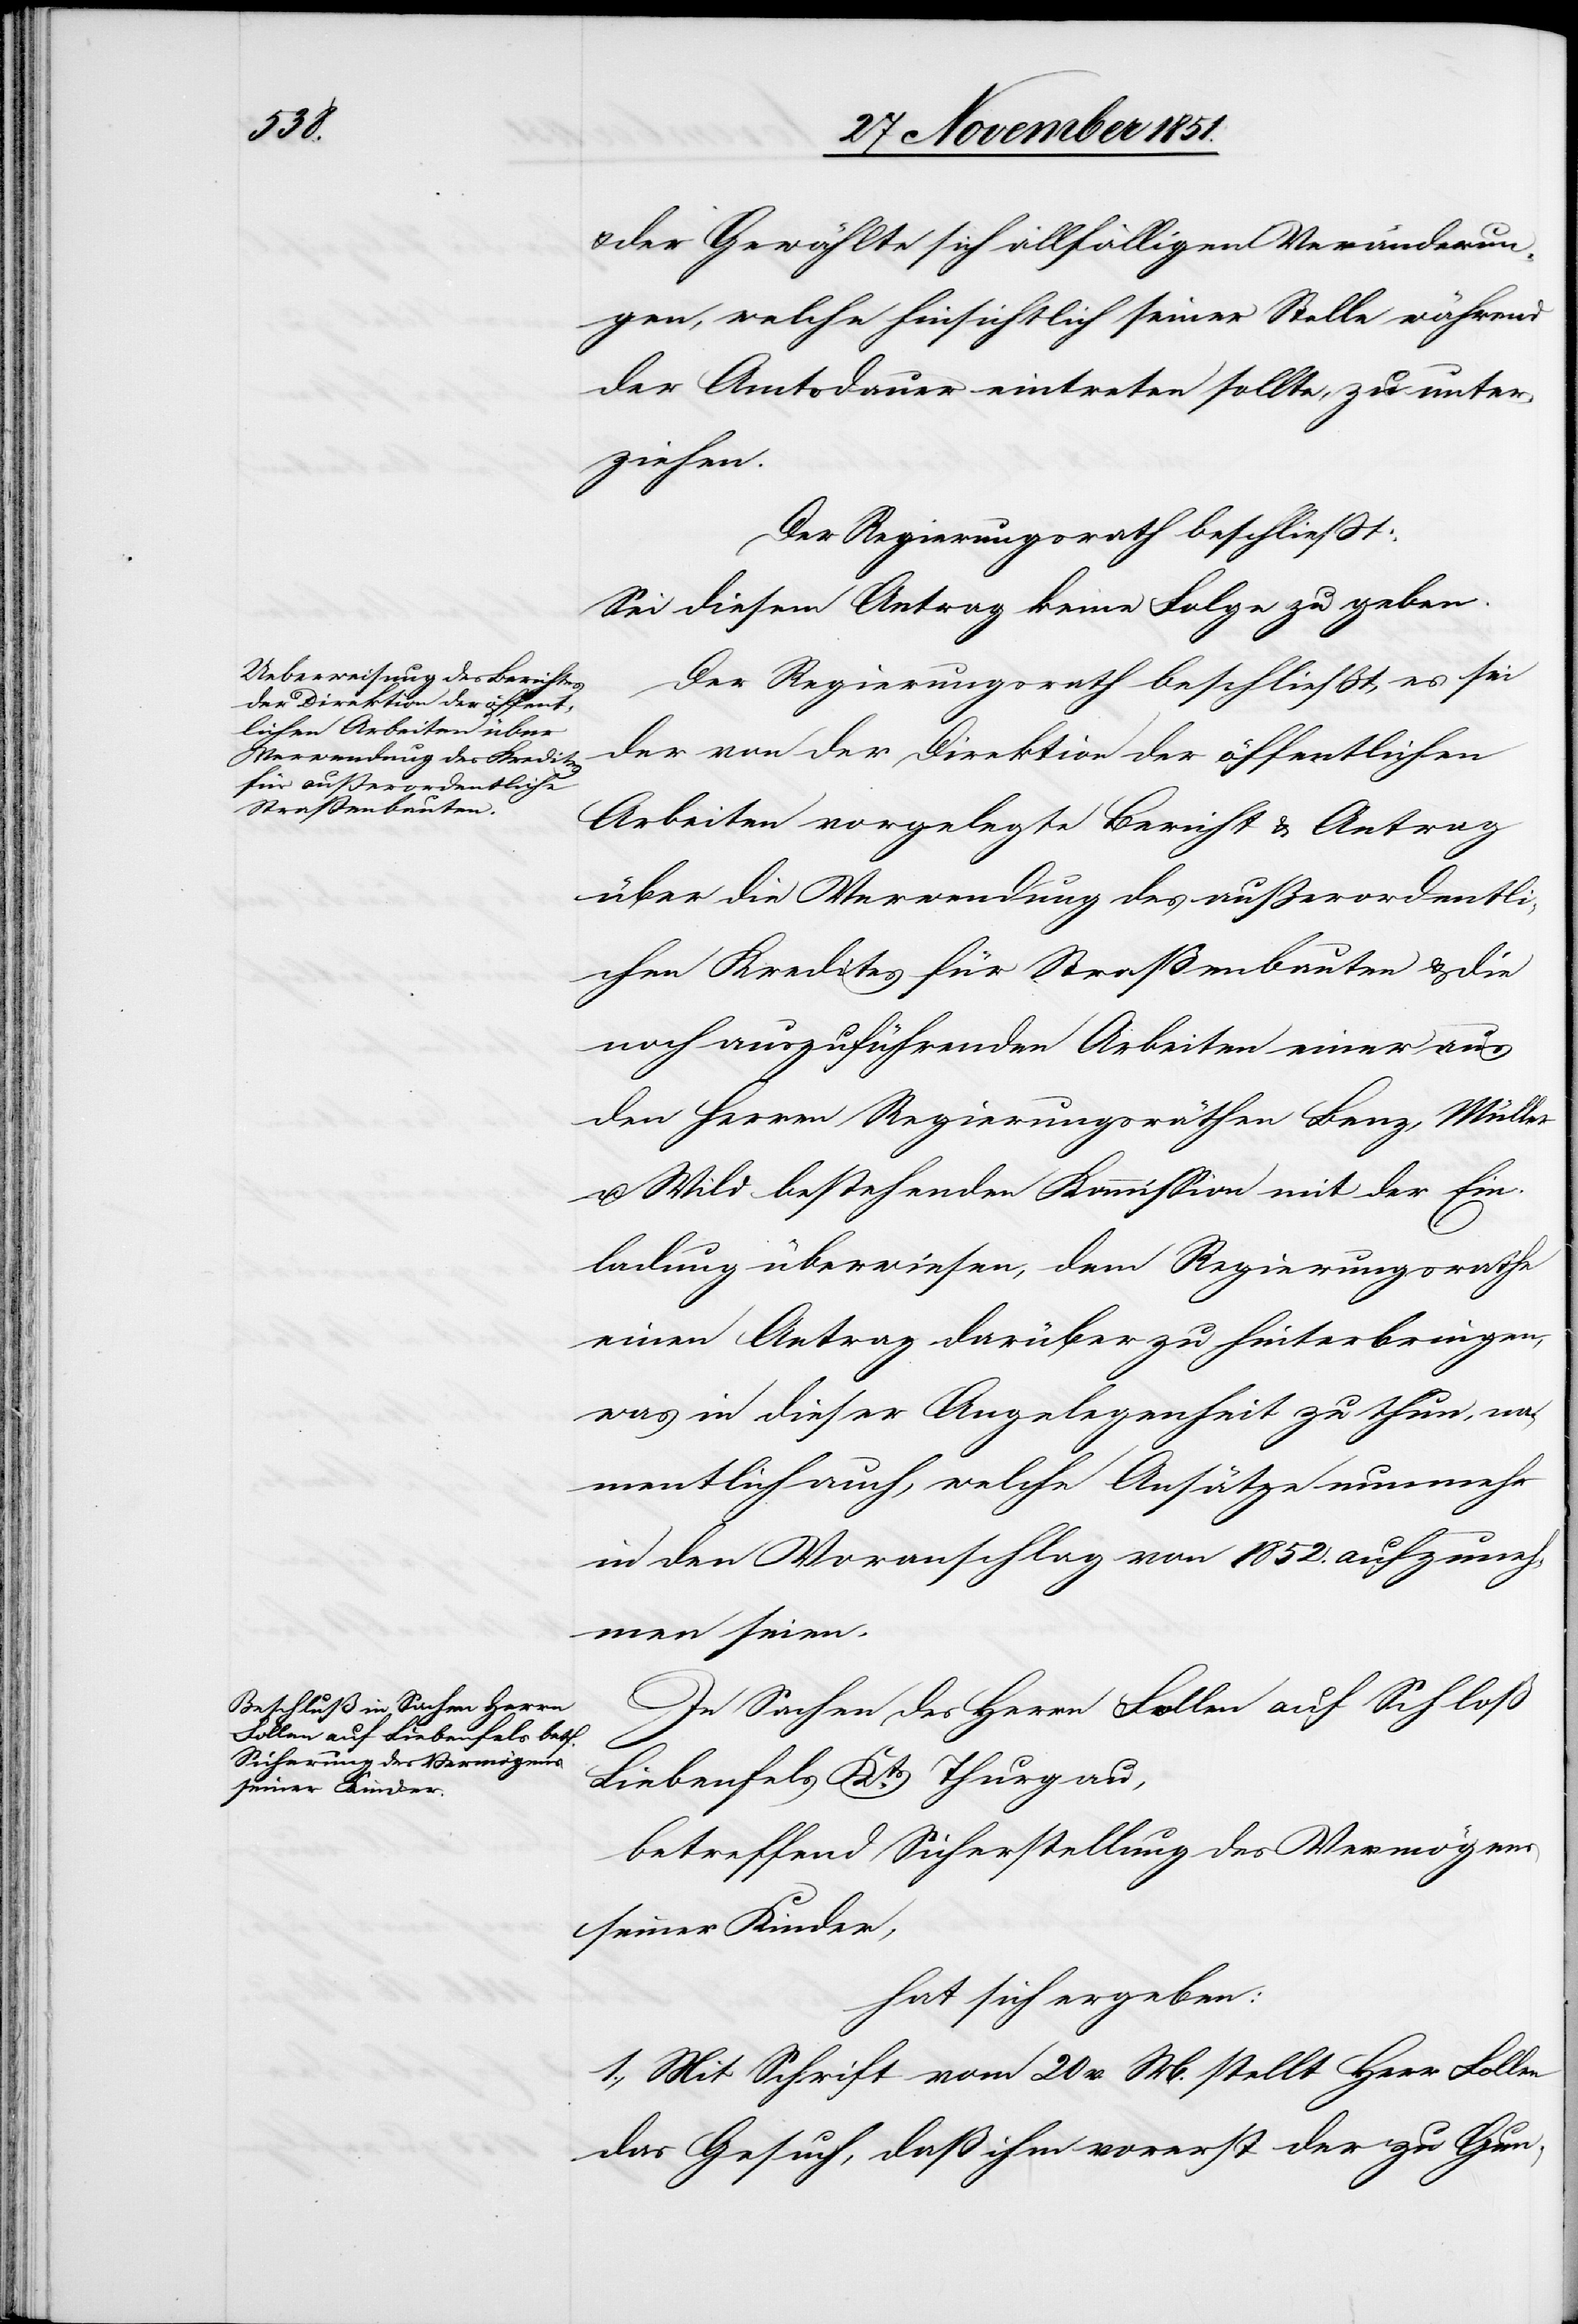
& der Gewählte sich allfälligen Veränderun¬
gen, welche hinsichtlich seiner Stelle während
der Amtsdauer eintreten sollte[n], zu unter¬
ziehen.
Der Regierungsrath beschließt:
Sei diesem Antrag keine Folge zu geben.
Der Regierungsrath beschließt, es sei
der von der Direktion der öffentlichen
Arbeiten vorgelegte Bericht & Antrag
über die Verwendung des außerordentli¬
chen Kredites für Straßenbauten & die
noch auszuführenden Arbeiten einer aus
den Herren Regierungsräthen Benz, Müller
u. Wild bestehenden Kommission mit der Ein¬
ladung überwiesen, dem Regierungsrathe
einen Antrag darüber zu hinterbringen,
was in dieser Angelegenheit zu thun, na¬
mentlich auch, welche Ansätze nunmehr
in den Voranschlag von 1852. aufzuneh¬
men seien.
In Sachen des Herrn Follen auf Schloß
Liebenfels Kts. Thurgau,
betreffend Sicherstellung des Vermögens
seiner Kinder,
hat sich ergeben:
1., Mit Schrift vom 20 v. M. stellt Herr Follen
das Gesuch, daß ihm vorerst der zu Gun-